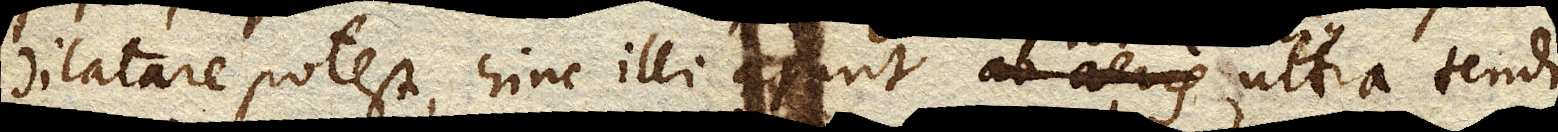
dilatare potest, hinc illi ajunt ab aeris ultra tendi